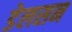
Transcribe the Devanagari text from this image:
डेलसन